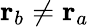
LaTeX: \mathbf{r}_{b}\neq\mathbf{r}_{a}